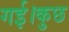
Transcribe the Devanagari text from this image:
गई।कुछ